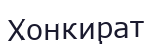
Хонкират